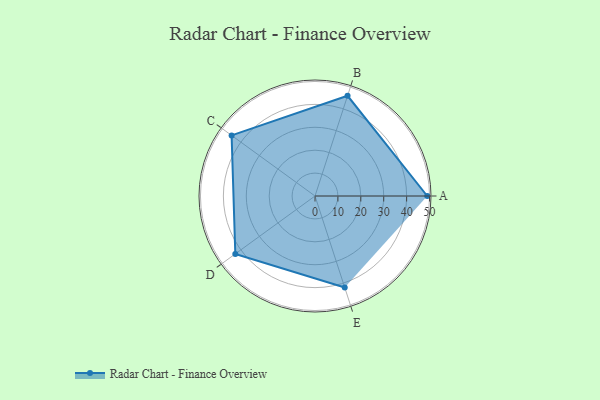
{"axis": {"x": "Skill", "y": "Score"}, "legend": ["Profile"], "data": [{"x": "A", "y": 49.0, "type": "Profile"}, {"x": "B", "y": 46.0, "type": "Profile"}, {"x": "C", "y": 45.0, "type": "Profile"}, {"x": "D", "y": 43.0, "type": "Profile"}, {"x": "E", "y": 42.0, "type": "Profile"}]}